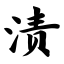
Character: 渍